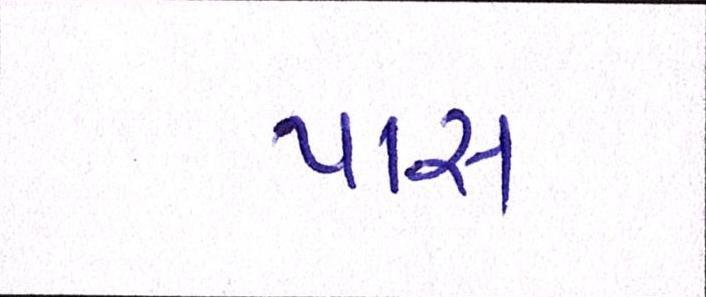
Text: પાસ